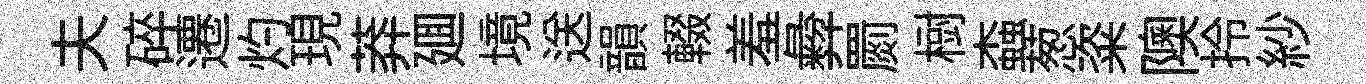
夫碎遷灼現莽廽境送韻輟羞彜罽𣗳螙葱粢隩拎紗